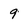
Character: 9